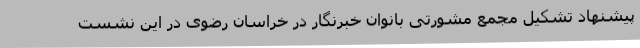
پیشنهاد تشکیل مجمع مشورتی بانوان خبرنگار در خراسان رضوی در این نشست